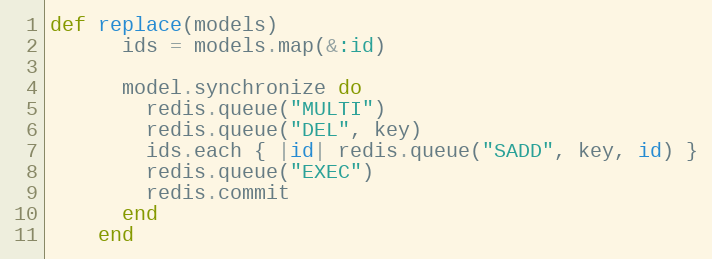
Language: Ruby
def replace(models)
      ids = models.map(&:id)

      model.synchronize do
        redis.queue("MULTI")
        redis.queue("DEL", key)
        ids.each { |id| redis.queue("SADD", key, id) }
        redis.queue("EXEC")
        redis.commit
      end
    end